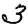
Digit: 3